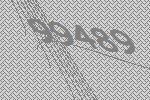
99489